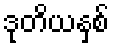
ဒုတိယနှစ်